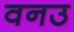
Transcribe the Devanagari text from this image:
वनउ